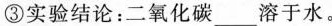
③实验结论：二氧化碳___溶于水。